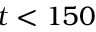
t < 1 5 0